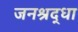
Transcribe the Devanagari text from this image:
जनश्रद्धा